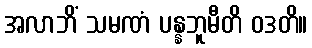
အလာဘိံ သမဏံ ပန္နဘူမီတိ ဝဒတိ။